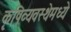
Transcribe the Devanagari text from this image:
कृषिव्यवस्थेमध्ये